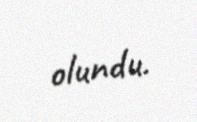
olundu.